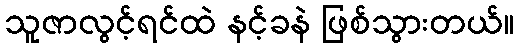
သူဇာလွင့်ရင်ထဲ နင့်ခနဲ ဖြစ်သွားတယ်။